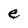
Character: e